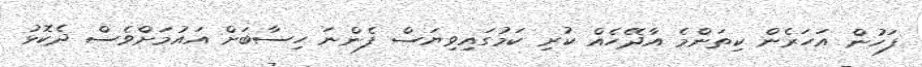
ފަހުން އަހަރެން ކިތަންމެ އާދޭހެއް ކުރި ކަމުގައިވިޔަސް ފެންނަ ހިސާބަށް އައުމަށްވެސް ދެކޮޅު